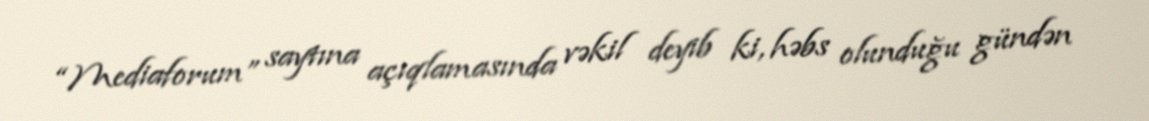
“Mediaforum” saytına açıqlamasında vəkil deyib ki, həbs olunduğu gündən